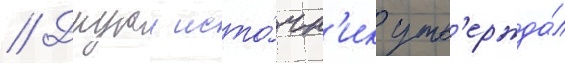
// Другои исто́чн'ик утв'ержда́л